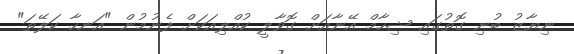
ނިޔާޒު ބުނި ގޮތުގައި ޝިހާމް އޭނާއަށް ގޮވާލީ ކުއްލިއަކަށް ފެނުމުން "އަނހާ ކަލޭތަ"